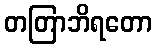
တတြာဘိရတော